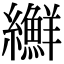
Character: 𦇫